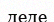
деде